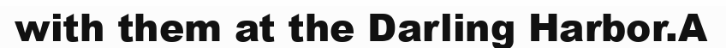
with them at the Darling Harbor.A